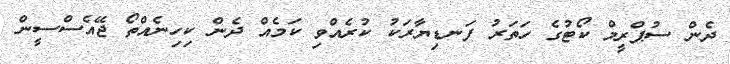
ދެން ސުޕްރީމް ކޯޓުގެ ހަތަރު ފަނޑިޔާރަކު ކުރެއްވި ކަމެއް ދެން ކިހިނެއްތޯ ޖޭއެސްސީން